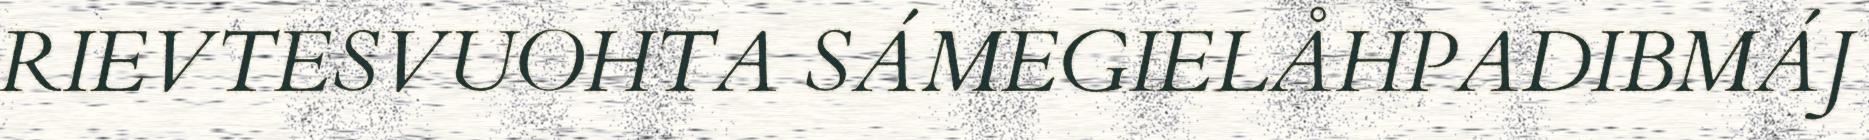
RIEVTESVUOHTA SÁMEGIELÅHPADIBMÁJ